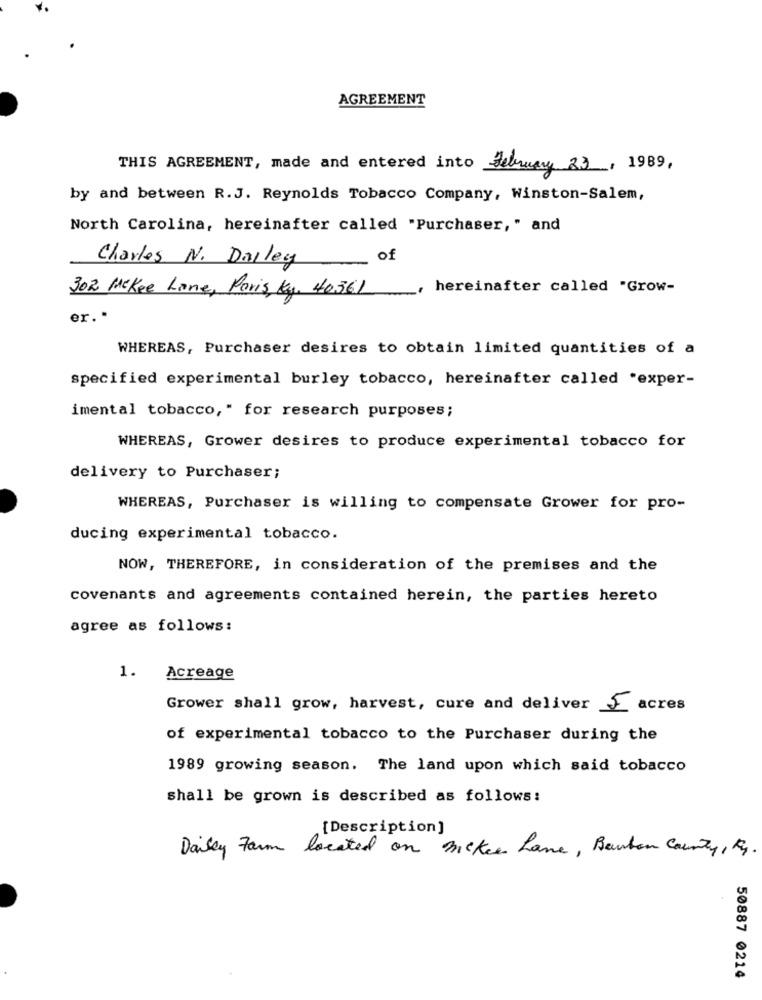
AGREEMENT
THIS AGREEMENT, made and entered into February 23, 1989,
by and between R.J. Reynolds Tobacco Company, Winston-Salem,
North Carolina, hereinafter called "Purchaser," and
Charles N. Dalley
of
302 Mckee Lone, Paris, Ky, 40361
hereinafter called "Grow-
er. .
WHEREAS, Purchaser desires to obtain limited quantities of a
specified experimental burley tobacco, hereinafter called "exper-
imental tobacco," for research purposes;
WHEREAS, Grower desires to produce experimental tobacco for
delivery to Purchaser;
WHEREAS, Purchaser is willing to compensate Grower for pro-
ducing experimental tobacco.
NOW, THEREFORE, in consideration of the premises and the
covenants and agreements contained herein, the parties hereto
agree as follows:
1. Acreage
Grower shall grow, harvest, cure and deliver & acres
of experimental tobacco to the Purchaser during the
1989 growing season. The land upon which said tobacco
shall be grown is described as follows:
[Description]
Dailly Form located on micker Lane, Benton County, K.
50887 0214